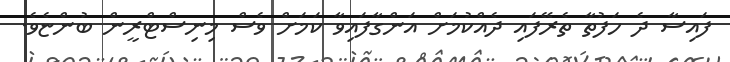
ފައިސާ ދެ ހަފުތާ ތެރޭފައި ދެއްކުމަށް އަންގާފައިވާ ކަމަށް ވެސް މިނިސްޓްރީން ބުންޏެވެ.